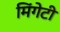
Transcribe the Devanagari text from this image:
मिंगेटी